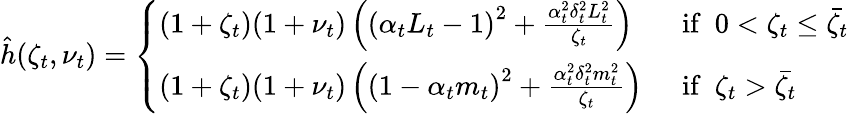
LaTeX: \begin{array}{r}{\hat{h}(\zeta_{t},\nu_{t})=\left\{ \begin{array}{ll}{(1+\zeta_{t})(1+\nu_{t})\left(\left(\alpha_{t}L_{t}-1\right)^{2}+\frac{\alpha_{t}^{2}\delta_{t}^{2}L_{t}^{2}}{\zeta_{t}}\right)\, \ }&{\mathrm{if}\, \, \, 0<\zeta_{t}\leq\bar{\zeta_{t}}}\\ {(1+\zeta_{t})(1+\nu_{t})\left(\left(1-\alpha_{t}m_{t}\right)^{2}+\frac{\alpha_{t}^{2}\delta_{t}^{2}m_{t}^{2}}{\zeta_{t}}\right)\, \ }&{\mathrm{if}\, \, \, \zeta_{t}>\bar{\zeta_{t}}}\end{array}\right.}\end{array}